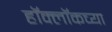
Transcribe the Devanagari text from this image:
हॉक्लॉकच्या